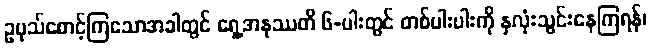
ဥပုသ်စောင့်ကြသောအခါတွင် ရှေ့အနုဿတိ ၆-ပါးတွင် တစ်ပါးပါးကို နှလုံးသွင်းနေကြရန်၊